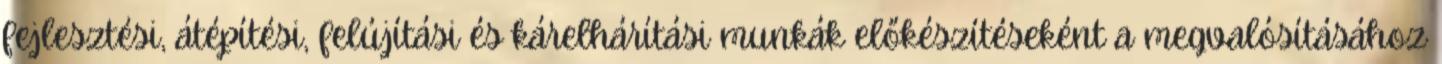
fejlesztési, átépítési, felújítási és kárelhárítási munkák előkészítéseként a megvalósításához